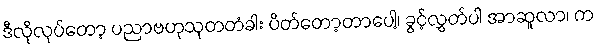
ဒီလိုလုပ်တော့ ပညာဗဟုသုတတံခါး ပိတ်တော့တာပေါ့၊ ခွင့်လွှတ်ပါ အာဆူလာ၊ က